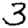
Digit: 3